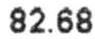
82.68